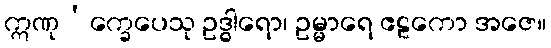
ဣဏု’က္ခေပေသု ဥဒ္ဓါရော၊ ဥမ္မာရေ ဧဠကော အဇေ။